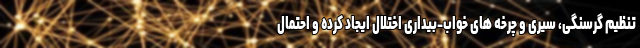
تنظیم گرسنگی، سیری و چرخه های خواب-بیداری اختلال ایجاد کرده و احتمال